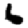
Digit: 6